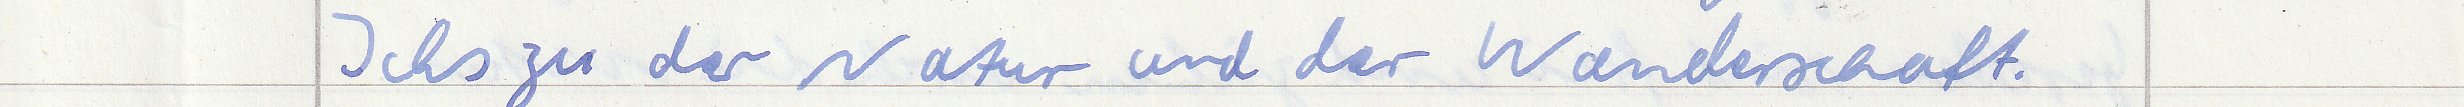
Ichs zu der Natur und der Wanderschaft.